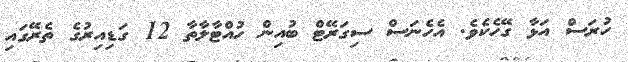
ހުރަސް އަޅާ ގޭހެކެވެ. އެހެނަސް ސިގަރޭޓް ބުއިން ހުއްޓާލާތާ 12 ގަޑިއިރުގެ ތެރޭގައި